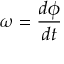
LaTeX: \omega = { \frac { d \phi } { d t } }